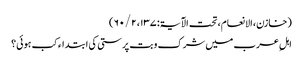
(خازن، الانعام، تحت الآیۃ: ۱۳۷، ۲ / ۶۰)
اہلِ عرب میں شرک و بت پرستی کی ابتداء کب ہوئی؟